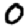
Digit: 0